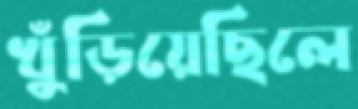
খুঁড়িয়েছিলে